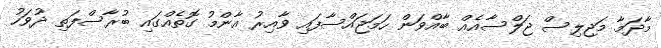
މާދަމާ މަޖިލިސް ޖަލްސާއެއް ބާއްވަން ހަމަޖައްސާފައި ވާއިރު އާންމު ގޮތެއްގައި ބުރާސްފަތި ދުވަހު